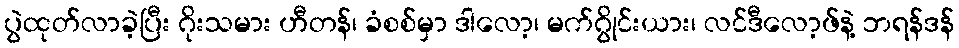
ပွဲထုတ်လာခဲ့ပြီး ဂိုးသမား ဟီတန်၊ ခံစစ်မှာ ဒါလော့၊ မက်ဂွိုင်းယား၊ လင်ဒီလော့ဖ်နဲ့ ဘရန်ဒန်